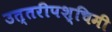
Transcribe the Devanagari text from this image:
उत्तरीपश्चिमी